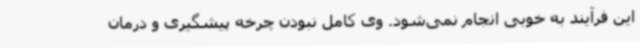
این فرآیند به خوبی انجام نمی‌شود. وی کامل نبودن چرخه پیشگیری و درمان